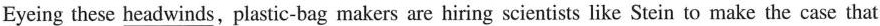
Eyeing these headwinds, plastic-bag makers are hiring scientists like Stein to make the case that